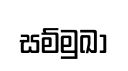
සම්මුඛා